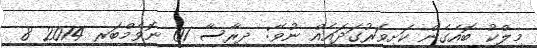
މިލްކު ބޮއެގެން ކަށިވަރުގަދައެއް ނުވޭ: ދިރާސާ 01 ނޮވެމްބަރ 2014 8